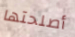
أصلحتها